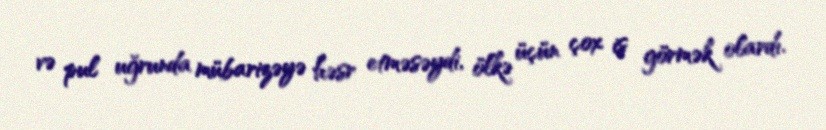
və pul uğrunda mübarizəyə həsr etməsəydi, ölkə üçün çox iş görmək olardı.